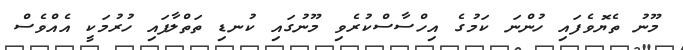
މޫނު ތެޔޮވެފައި ހުންނަ ކަމުގެ އިހްސާސްކުރެވި މޫނުގައި ކުނޑި ތަތްލާފައި ހުރުމަކީ އެއްވެސް